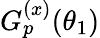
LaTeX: G_{p}^{(x)}(\theta_{1})